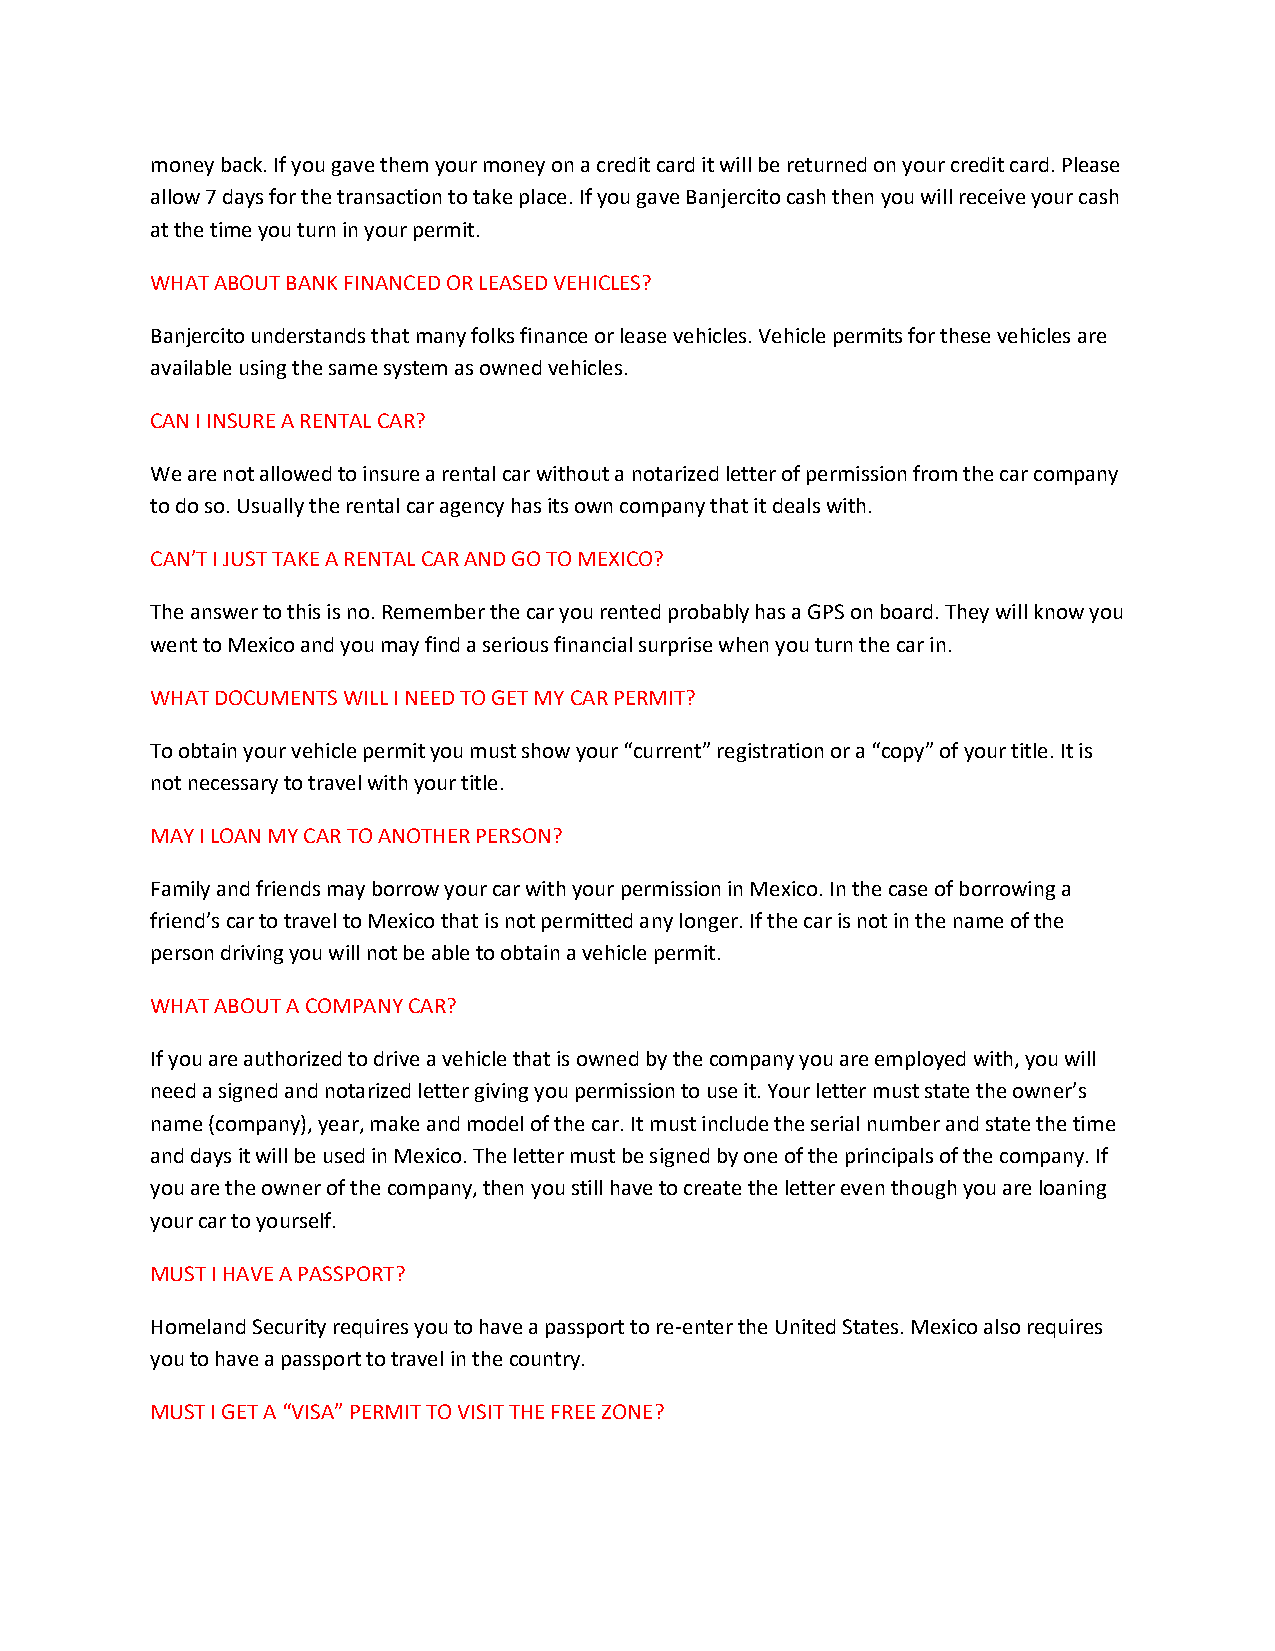
money back. If you gave them your money on a credit card it will be returned on your credit card. Please
 allow 7 days for the transaction to take place. If you gave Banjercito cash then you will receive your cash
 at the time you turn in your permit.
 WHAT ABOUT BANK FINANCED OR LEASED VEHICLES?
 Banjercito understands that many folks finance or lease vehicles. Vehicle permits for these vehicles are
 available using the same system as owned vehicles.
 CAN I INSURE A RENTAL CAR?
 We are not allowed to insure a rental car without a notarized letter of permission from the car company
 to do so. Usually the rental car agency has its own company that it deals with.
 CAN’T I JUST TAKE A RENTAL CAR AND GO TO MEXICO?
 The answer to this is no. Remember the car you rented probably has a GPS on board. They will know you
 went to Mexico and you may find a serious financial surprise when you turn the car in.
 WHAT DOCUMENTS WILL I NEED TO GET MY CAR PERMIT?
 To obtain your vehicle permit you must show your “current” registration or a “copy” of your title. It is
 not necessary to travel with your title.
 MAY I LOAN MY CAR TO ANOTHER PERSON?
 Family and friends may borrow your car with your permission in Mexico. In the case of borrowing a
 friend’s car to travel to Mexico that is not permitted any longer. If the car is not in the name of the
 person driving you will not be able to obtain a vehicle permit.
 WHAT ABOUT A COMPANY CAR?
 If you are authorized to drive a vehicle that is owned by the company you are employed with, you will
 need a signed and notarized letter giving you permission to use it. Your letter must state the owner’s
 name (company), year, make and model of the car. It must include the serial number and state the time
 and days it will be used in Mexico. The letter must be signed by one of the principals of the company. If
 you are the owner of the company, then you still have to create the letter even though you are loaning
 your car to yourself.
 MUST I HAVE A PASSPORT?
 Homeland Security requires you to have a passport to re-enter the United States. Mexico also requires
 you to have a passport to travel in the country.
 MUST I GET A “VISA” PERMIT TO VISIT THE FREE ZONE?